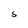
Character: S